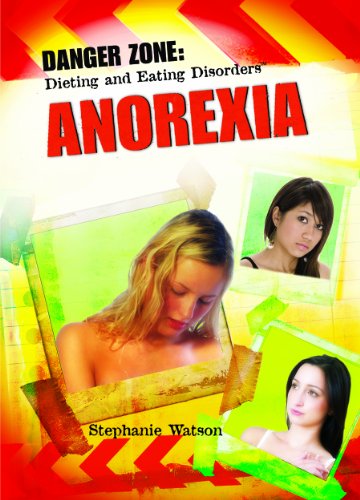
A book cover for Anorexia (Danger Zone: Dieting and Eating Disorders); Stephanie Watson; Health, Fitness & Dieting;